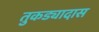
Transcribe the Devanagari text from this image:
तुकड्यादास